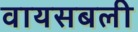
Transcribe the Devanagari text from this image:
वायसबली